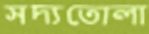
সদ্যতোলা